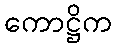
ကောဋ္ဌိက